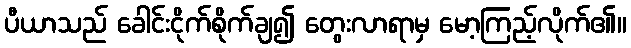
ပီယာသည် ခေါင်းငိုက်စိုက်ချ၍ တွေးလာရာမှ မော့ကြည့်လိုက်၏။